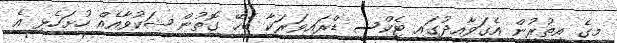
މީގެ އިތުރުން އެގަވާއިދުގައި ޓެކްސީ ޑްރައިވަރަކާ ބެހޭ ގޮތުން ޝަކުވާއެއް ހުށަހެޅި އެ